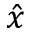
\hat { x }